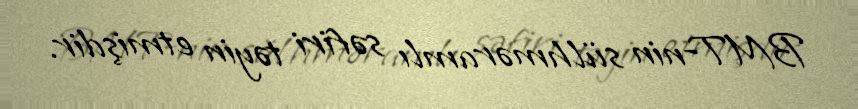
BMT-nin sülhməramlı səfiri təyin etmişdir.